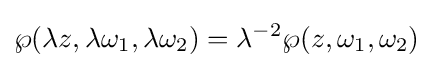
\wp (\lambda z,\lambda \omega _{1},\lambda \omega _{2})=\lambda ^{-2}\wp (z,\omega _{1},\omega _{2})